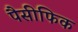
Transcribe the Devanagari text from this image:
पैसीफिक